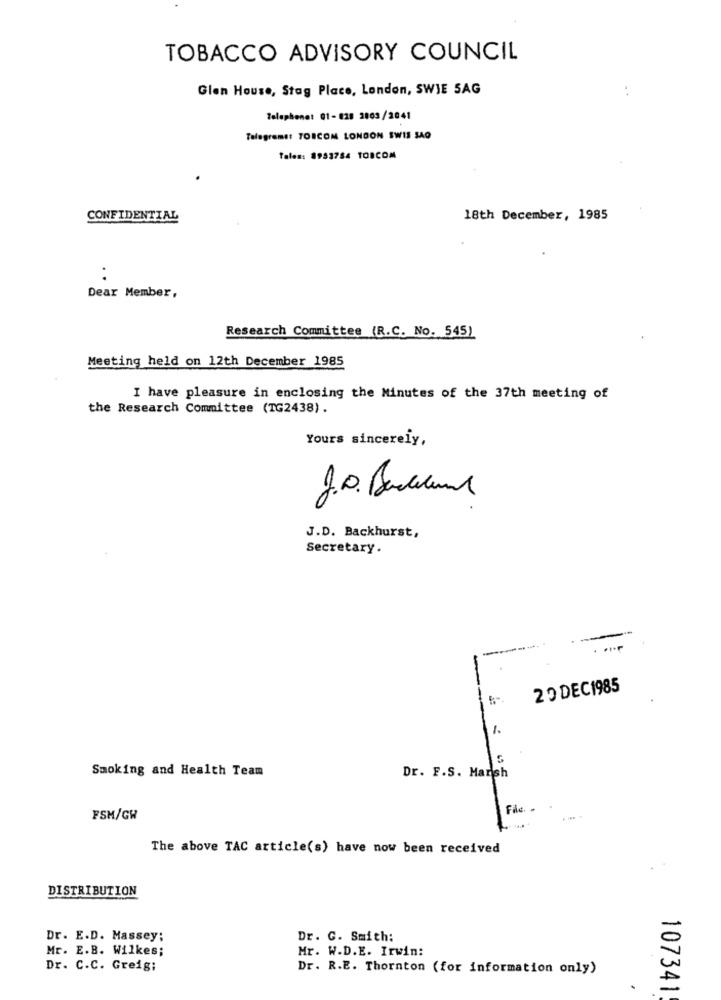
TOBACCO ADVISORY COUNCIL
Glen House, Stag Place, London, SWIE SAG
Telephone: 01-028 2003/2041
Telegramet TOSCON LONDON SWIS SAO
Tales: 8953784 TORCOM
CONFIDENTIAL
18th December, 1985
.
Dear Member,
Research Committee (R.C. No. 545)
Meeting held on 12th December 1985
I have pleasure in enclosing the Minutes of the 37th meeting of
the Research Committee (TG2438).
Yours sincerely,
J.D. Backhurst,
Secretary.
-
29 DEC1985
1.
Smoking and Health Team
Dr. F.S. Marsh
File
FSM/GW
The above TAC article(s) have now been received
DISTRIBUTION
Dr. E.D. Massey:
Dr. C. Smith:
Mr. E.B. Wilkes;
Mr. W.D.E. Irwin:
Dr. C.C. Greig:
Dr. R.E. Thornton (for information only)
107341